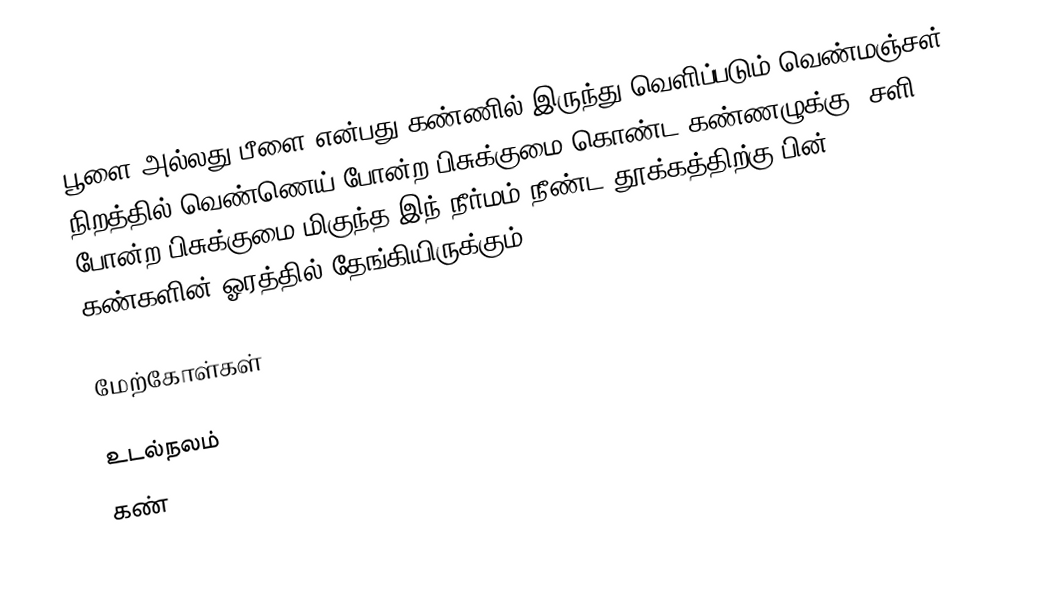
பூளை அல்லது பீளை என்பது கண்ணில் இருந்து வெளிப்படும் வெண்மஞ்சள் நிறத்தில் வெண்ணெய் போன்ற  பிசுக்குமை கொண்ட கண்ணழுக்கு. சளி போன்ற பிசுக்குமை மிகுந்த இந் நீர்மம் நீண்ட தூக்கத்திற்கு பின் கண்களின் ஓரத்தில் தேங்கியிருக்கும்.

மேற்கோள்கள்

உடல்நலம்
கண்